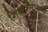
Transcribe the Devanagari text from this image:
शिवाजीराजाच्या